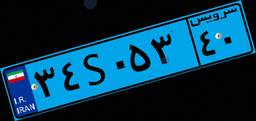
۳۴S۰۵۳۴۰